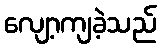
လျော့ကျခဲ့သည်